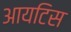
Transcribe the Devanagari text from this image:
आयटिस